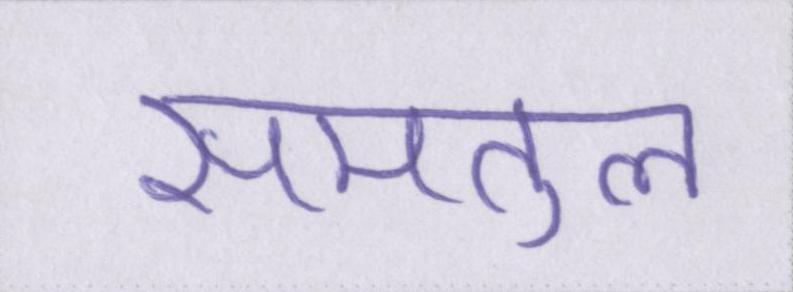
समतुल